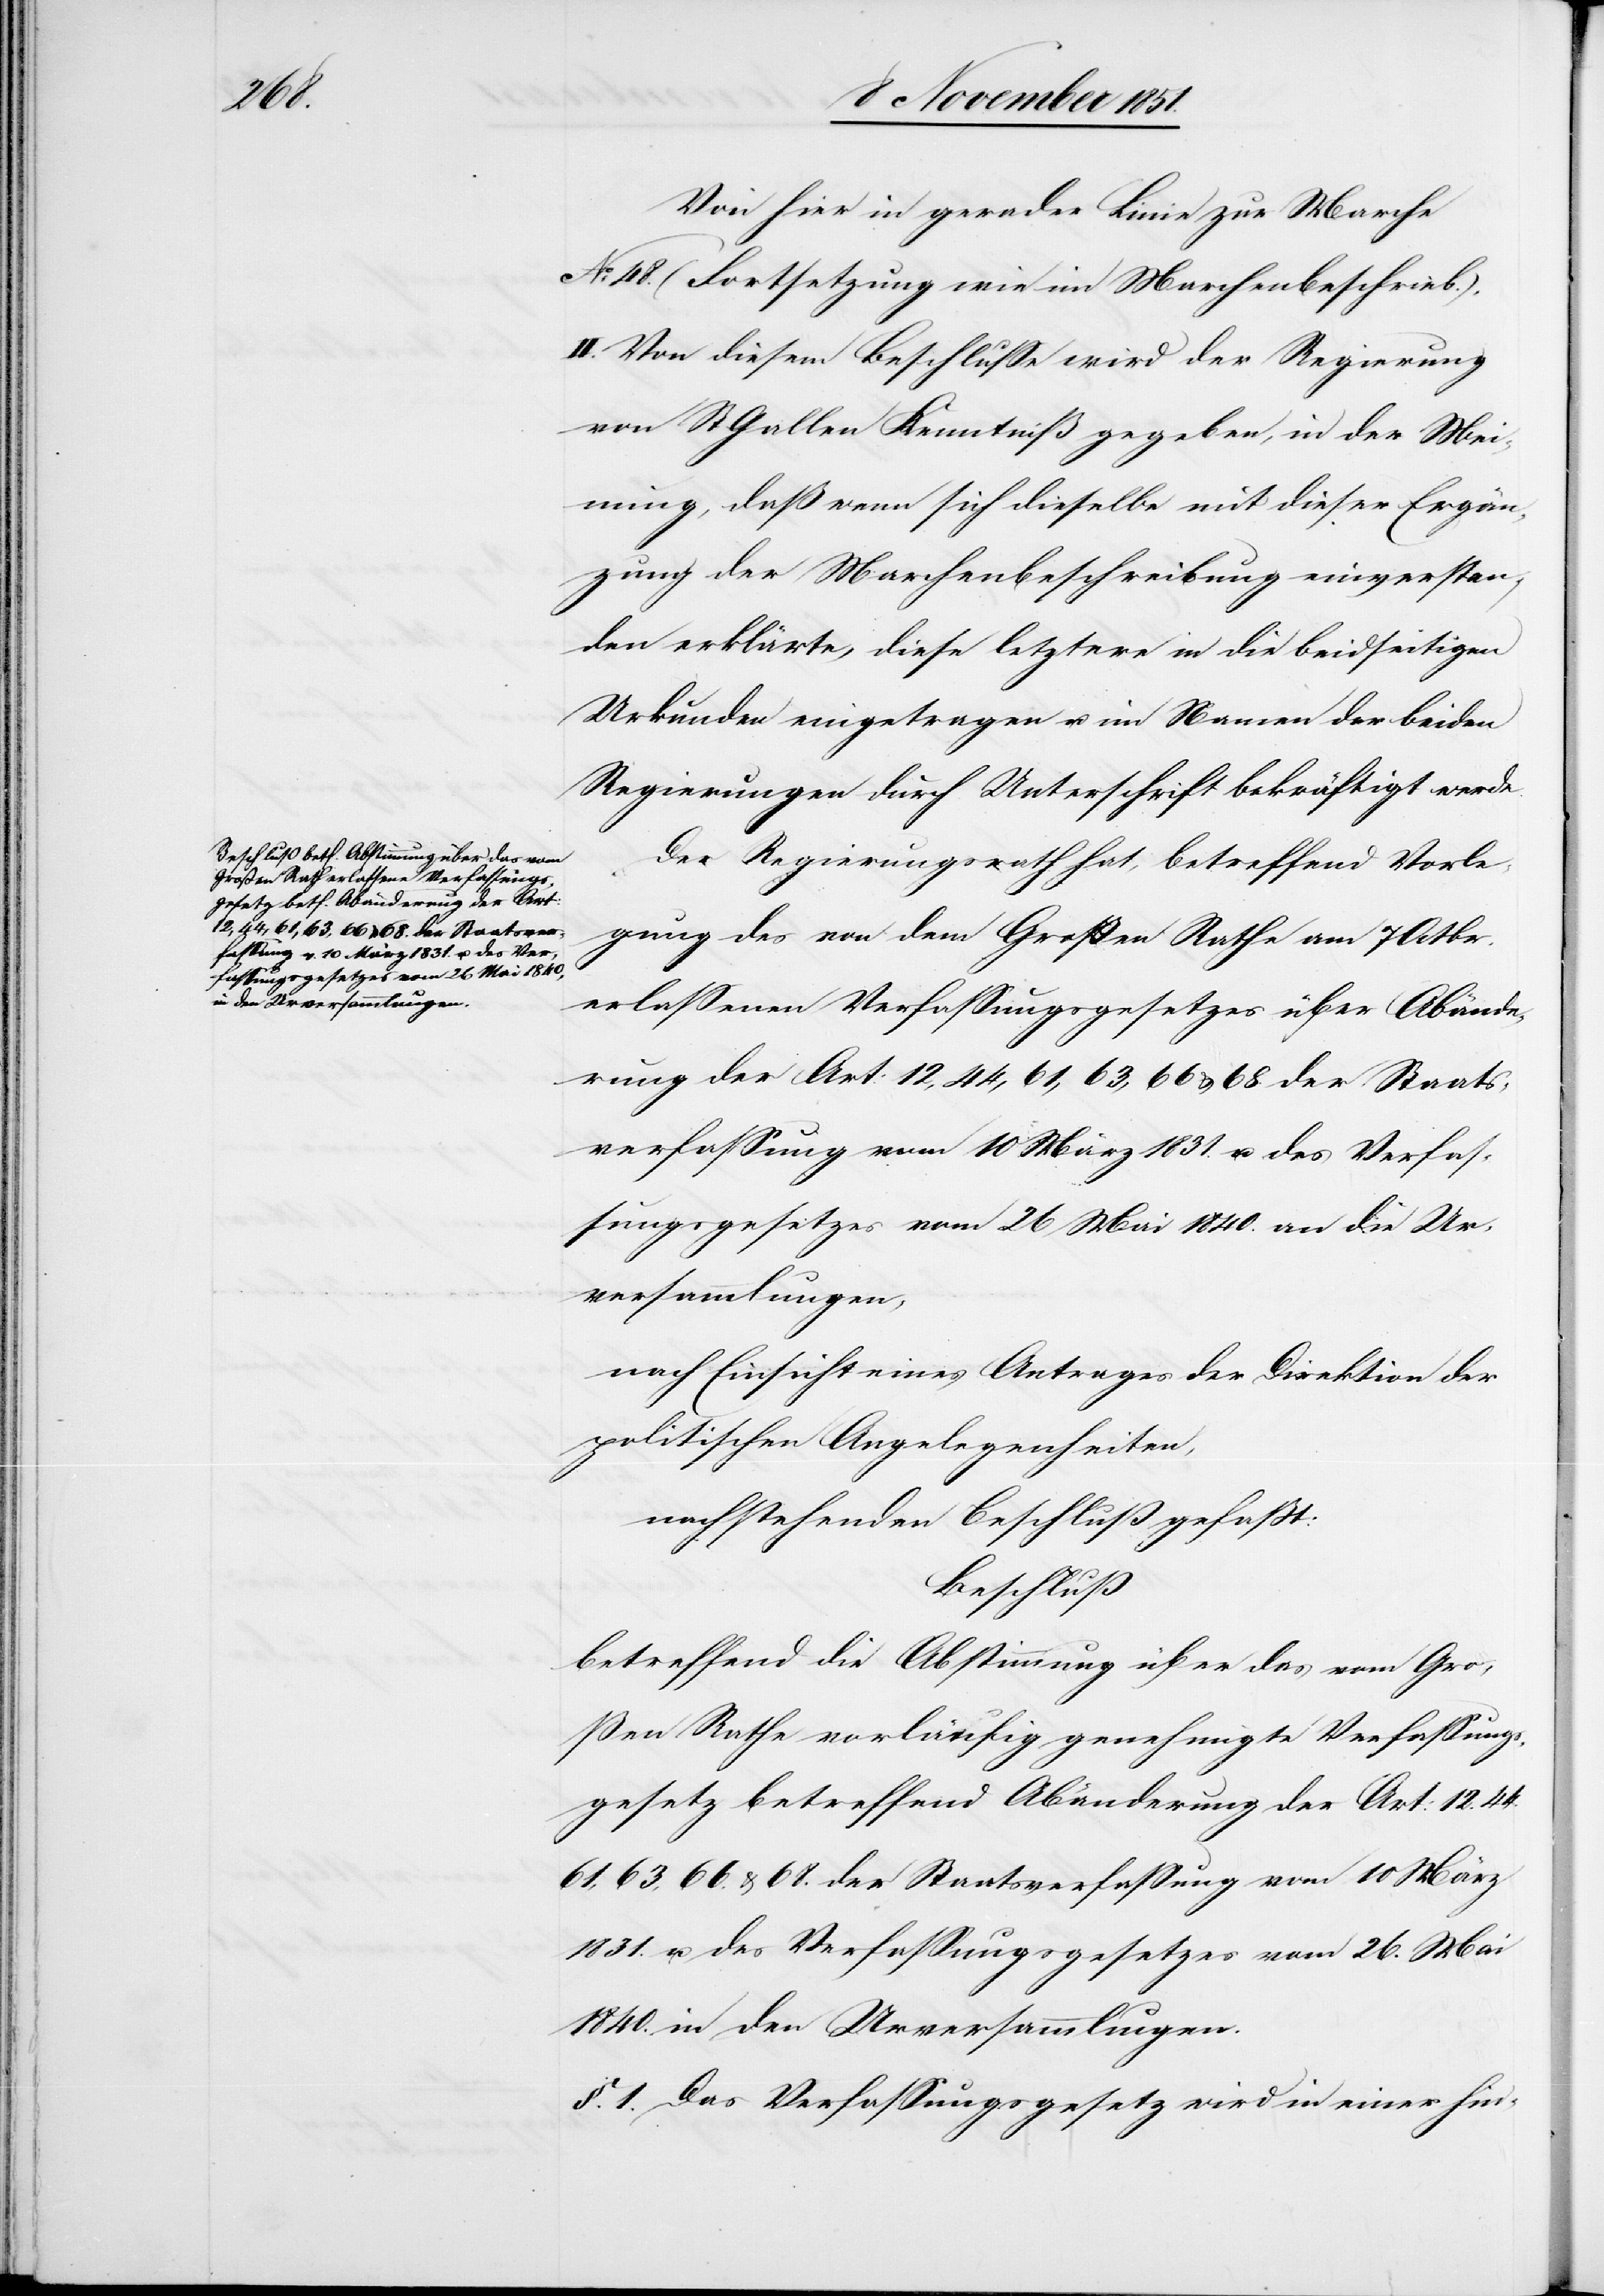
Von hier in gerader Linie zur Marche
No. 48.[“] (Fortsetzung wie im Marchenbeschrieb.).
II. Von diesem Beschlusse wird der Regierung
von St. Gallen Kenntniß gegeben, in der Mei¬
nung, daß wenn sich dieselbe mit dieser Ergän¬
zung der Marchenbeschreibung einverstan¬
den erklärte, diese letztere in die beidseitigen
Urkunden eingetragen u. im Namen der beiden
Regierungen durch Unterschrift bekräftigt werde.
Der Regierungsrath hat, betreffend Vorle¬
gung des von dem Großen Rathe am 7 Octbr.
erlassenen Verfassungsgesetzes über Abände¬
rung der Art: 12, 44, 61, 63, 66 & 68. der Staats¬
verfassung vom 10 März 1831. u. des Verfas¬
sungsgesetzes vom 26 Mai 1840. an die Ur¬
versammlungen,
nach Einsicht eines Antrages der Direktion der
politischen Angelegenheiten,
nachstehenden Beschluß gefaßt:
Beschluß
betreffend die Abstimmung über das vom Gro¬
ßen Rathe vorläufig genehmigte Verfassungs¬
gesetz betreffend Abänderung der Art: 12.[,]
61, 63, 66. & 68. der Staatsverfassung vom 10 März
1831. u. des Verfassungsgesetzes vom 26. Mai
1840. in den Urversammlungen.
§. 1. Das Verfassungsgesetz wird in einer hin-